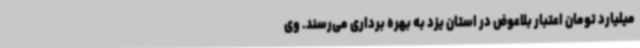
میلیارد تومان اعتبار بلاعوض در استان یزد به بهره برداری می‌رسند. وی